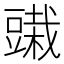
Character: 𰶞